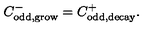
C _ { \mathrm { o d d , g r o w } } ^ { - } = C _ { \mathrm { o d d , d e c a y } } ^ { + } .